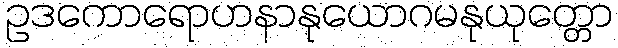
ဥဒကောရောဟနာနုယောဂမနုယုတ္တော